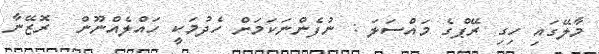
މާލޭގައި ހިގި ރޭޕްގެ މައްސަލަ : ނުފެންނަކަމަށް ހެދުމަކީ ހައްލެއްނޫން  ރޮޒޭނާ